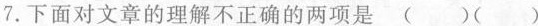
7.下面对文章的理解不正确的两项是( )( )